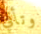
وتأتي